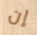
إن